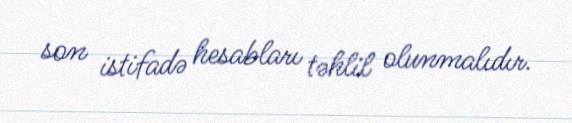
son istifadə hesabları təhlil olunmalıdır.